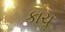
કાચૢ